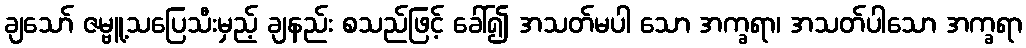
ချသော် ဇမ္ဗူ့သပြေသီးမှည့် ချနည်း စသည်ဖြင့် ခေါ်၍ အသတ်မပါ သော အက္ခရာ၊ အသတ်ပါသော အက္ခရာ